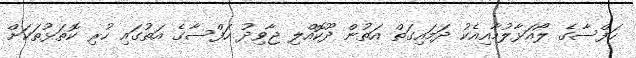
ހަފްސާގެ ލޯއަޅާލުމާއިއެކު ދަމައިގަތް އަތުން ދޫކޮއްލި ޖާވިދު ހަފްސާގެ އަތުގައި ހުރި ކޮތަޅުތަކަށް